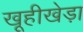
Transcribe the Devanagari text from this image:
खूहीखेड़ा